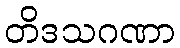
တိဒသဂဏာ